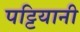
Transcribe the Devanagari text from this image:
पट्टियानी